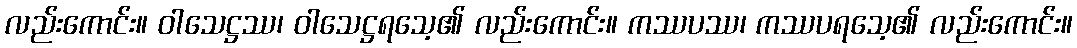
လည်းကောင်း။ ဝါသေဋ္ဌဿ၊ ဝါသေဋ္ဌရသေ့၏ လည်းကောင်း။ ကဿပဿ၊ ကဿပရသေ့၏ လည်းကောင်း။